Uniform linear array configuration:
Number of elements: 16
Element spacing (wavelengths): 0.25
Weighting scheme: hann
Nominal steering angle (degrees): -30
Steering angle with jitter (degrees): -29.41
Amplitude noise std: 0.05
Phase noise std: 0.05

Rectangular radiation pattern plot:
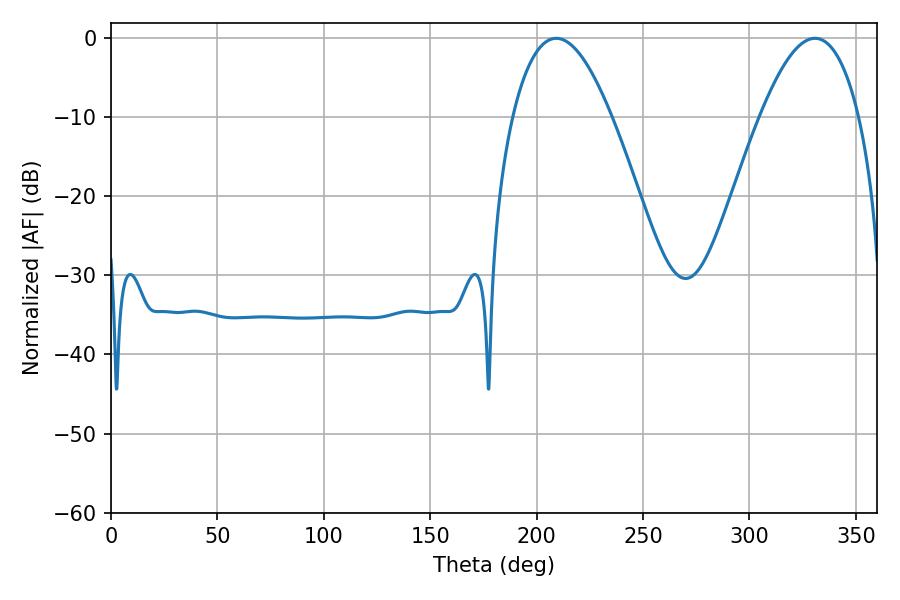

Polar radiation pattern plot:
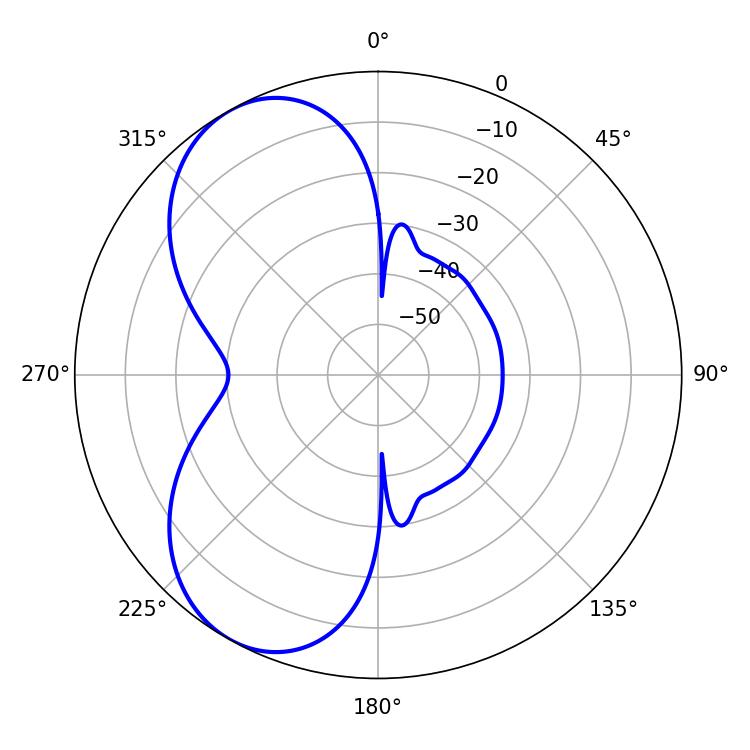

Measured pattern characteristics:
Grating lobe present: FALSE
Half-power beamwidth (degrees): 25.56
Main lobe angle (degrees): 209.16